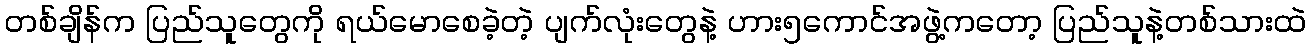
တစ်ချိန်က ပြည်သူတွေကို ရယ်မောစေခဲ့တဲ့ ပျက်လုံးတွေနဲ့ ဟား၅ကောင်အဖွဲ့ကတော့ ပြည်သူနဲ့တစ်သားထဲ